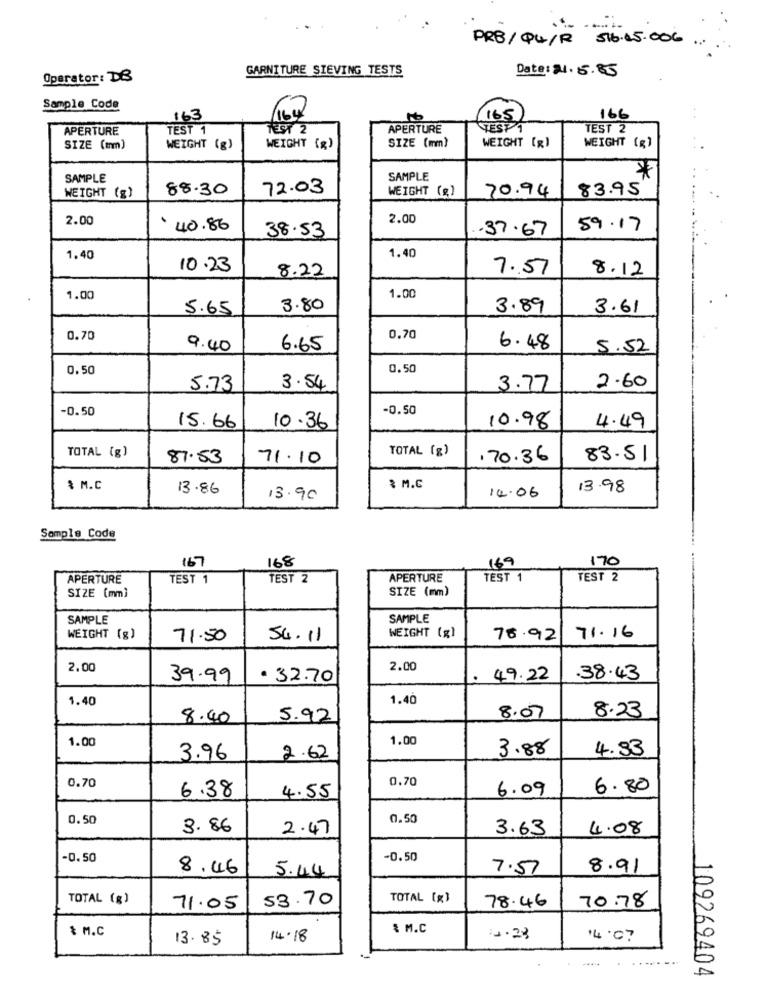
PRB / QQ / R 516 . 15 . 006
GARNITURE SIEVING TESTS
Date: 21.5.85
Operator: DB
Sample Code
163
(164
165
166
APERTURE
TEST 1
TEST 2
APERTURE
TEST1
TEST 2
SIZE (mm)
SIZE (mm)
WEIGHT (g)
WEIGHT (%)
WEIGHT (g)
WEIGHT (g)
SAMPLE
SAMPLE
*
88.30
72.03
WEIGHT (g)
83.95
WEIGHT (g)
70.94
2.00
2.00
. 40.86
.37.67
59.17
38.53
1.40
1.40
10.23
8.22
7.57
8.12
1.00
1.00
5.65
3.80
3.89
3.61
0.70
0,70
9.40
6.65
6.48
5.52
0.50
0.50
5.73
3.54
3.77
2.60
-0.50
-0.50
15.66
10.36
10.98
4.49
TOTAL (g)
TOTAL (g)
87.53
71.10
.70.36
83.51
$ M.C
13.86
₹ M.C
13.98
13.90
14.06
Sample Code
167
170
168
169
APERTURE
TEST 1
TEST 2
APERTURE
TEST 1
TEST 2
SIZE (mm)
SIZE [mm]
SAMPLE
SAMPLE
WEIGHT (g)
71.50
54.11
WEIGHT (g)
78.92
71.16
2.00
2.00
39.99
. 32.70
49.22
38.43
1.40
1.40
8.40
5.92
8.07
8.23
1.00
1.00
3.88
4.33
3.96
2.62
0.70
0.70
6.09
6.80
6.38
4.55
0.50
0.50
3.86
2.47
3.63
4.08
-0. 50
-0.50
8.46
5.44
7.57
8.91
TOTAL (g)
53.70
TOTAL [g]
71.05
78.46
70.78
& M.C
& M.C
13.85
14.18
12.23
14.07
109269404